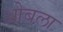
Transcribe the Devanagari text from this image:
ओबला